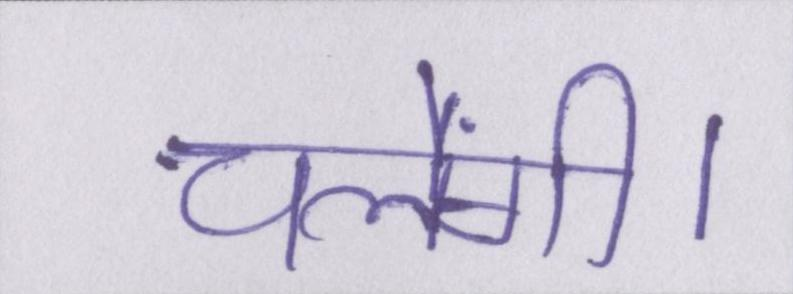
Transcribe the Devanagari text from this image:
चलेंगी।